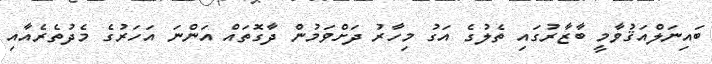
ބައިނަލްއަޤުވާމީ ބާޒާރުގައި ތެލުގެ އަގު މިހާރު ދަށްވަމުން ދާގޮތައް އަންނަ އަހަރުގެ މެދުތެރެއާއި